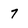
Character: 7